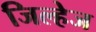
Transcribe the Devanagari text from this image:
जिल्हेज